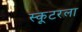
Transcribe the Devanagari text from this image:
स्कूटरला